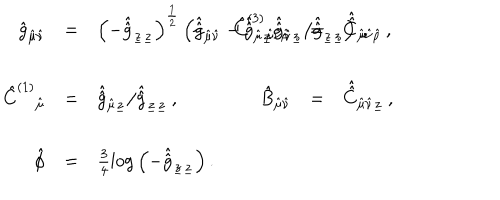
LaTeX: \begin{array} { r c l r c l } { { \hat { g } _ { \hat { \mu } \hat { \nu } } } } & { { = } } & { { \left( - \hat { \hat { g } } _ { \underline { { { z } } } \underline { { { z } } } } \right) ^ { \frac { 1 } { 2 } } \left( \hat { \hat { g } } _ { \hat { \mu } \hat { \nu } } - \hat { \hat { g } } _ { \hat { \mu } \underline { { { z } } } } \hat { \hat { g } } _ { \hat { \nu } \underline { { { z } } } } / \hat { \hat { g } } _ { \underline { { { z } } } \underline { { { z } } } } \right) \, , \hspace { 1 c m } } } & { { \hat { C } ^ { ( 3 ) } { } _ { \hat { \mu } \hat { \nu } \hat { \rho } } } } & { { = } } & { { \hat { \hat { C } } _ { \hat { \mu } \hat { \nu } \hat { \rho } } \, , } } \\ { { } } & { { } } & { { } } & { { } } & { { } } & { { } } \\ { { \hat { C } ^ { ( 1 ) } { } _ { \hat { \mu } } } } & { { = } } & { { \hat { \hat { g } } _ { \hat { \mu } \underline { { { z } } } } / \hat { \hat { g } } _ { \underline { { { z } } } \underline { { { z } } } } \, , } } & { { \hat { B } _ { \hat { \mu } \hat { \nu } } } } & { { = } } & { { \hat { \hat { C } } _ { \hat { \mu } \hat { \nu } \underline { { { z } } } } \, , } } \\ { { } } & { { } } & { { } } & { { } } & { { } } & { { } } \\ { { \hat { \phi } } } & { { = } } & { { \frac { 3 } { 4 } \log { \left( - \hat { \hat { g } } _ { \underline { { { z } } } \underline { { { z } } } } \right) } \, . } } & { { } } & { { } } & { { } } \\ \end{array}